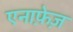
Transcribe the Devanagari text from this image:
एनाफे़ज़